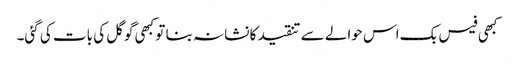
کبھی فیس بک اس حوالے سے تنقید کا نشانہ بنا تو کبھی گوگل کی بات کی گئی۔